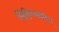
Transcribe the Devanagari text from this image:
लिहिण्याकडेच